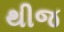
થીજ